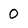
Character: 0